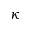
\kappa